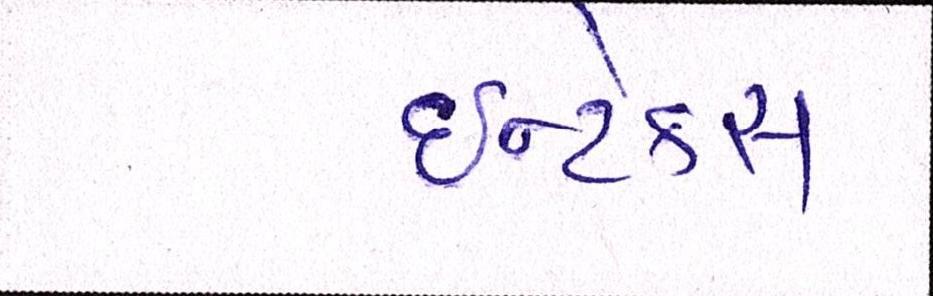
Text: ઈન્ટેક્સ